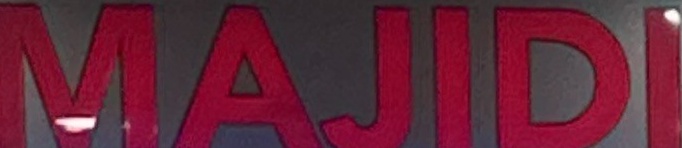
MAJID